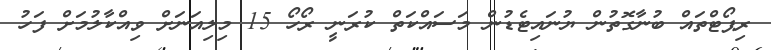
ރިޕޯޓްތައް ބުނާގޮތުން ޔުނައިޓެޑުން މަސައްކަތް ކުރަނީ ރޯހޯ 15 މިލިއަނަށް ވިއްކާލުމަށް ފަހު